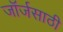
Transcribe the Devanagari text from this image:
जॉर्जसाठी